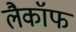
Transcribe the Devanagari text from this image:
लैकॉफ